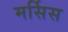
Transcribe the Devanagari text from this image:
मर्सिस